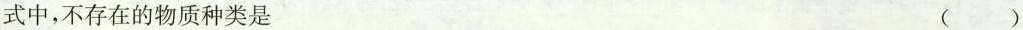
式中，不存在的物质种类是 ( )